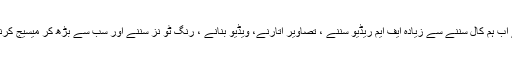
اس بیچا رے موبائل سے اب ہم کال سننے سے زیادہ ایف ایم ریڈیو سننے ، تصاویر اتارنے، ویڈیو بنانے ، رنگ ٹو نز سننے اور سب سے بڑھ کر میسیج کرنے کا کام لینے لگے ہیں۔